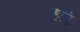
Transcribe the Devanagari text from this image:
हारं